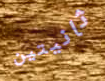
ثانيتين